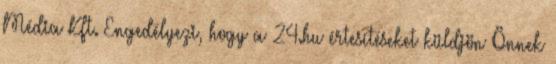
Média Kft. Engedélyezi, hogy a 24.hu értesítéseket küldjön Önnek